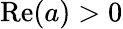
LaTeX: \mathrm{Re}(a)>0